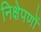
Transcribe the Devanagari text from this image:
निक्षेपणों